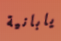
يابانية